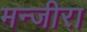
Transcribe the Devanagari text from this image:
मन्जीरा